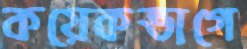
কয়েকভাগে